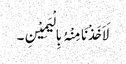
لَاَخَذْنَا مِنْہُ بِالْیَمِیْنِ۔